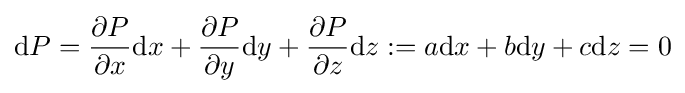
{\rm {d}}P={\partial P \over \partial x}{\rm {d}}x+{\partial P \over \partial y}{\rm {d}}y+{\partial P \over \partial z}{\rm {d}}z:=a{\rm {d}}x+b{\rm {d}}y+c{\rm {d}}z=0